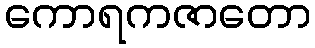
ကောရကဇာတော